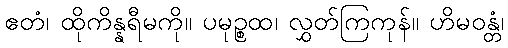
ဧတံ၊ ထိုကိန္နရီမကို။ ပမုဉ္စထ၊ လွှတ်ကြကုန်။ ဟိမဝန္တံ၊